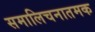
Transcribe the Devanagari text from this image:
समालिचनातमक